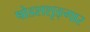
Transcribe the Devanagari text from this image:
षोडशशृङ्गार